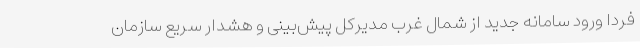
فردا ورود سامانه جدید از شمال غرب مدیرکل ‌پیش‌بینی و هشدار سریع سازمان